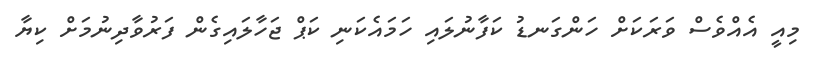
މިއީ އެއްވެސް ވަރަކަށް ހަންގަނޑު ކަފާނުލައި ހަމައެކަނި ކަޕް ޖަހާލައިގެން ފަރުވާދިނުމަށް ކިޔާ